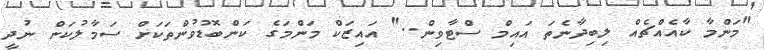
"މަންމާ ކާއެއްޗެއް ލިބިދާނެތަ އައިމް ސްޓާވިން.." އައިޒަކް މަންމަގެ ކަންބޮޑުވުންތަކަށް ސަމާލުކަން ނުދީ